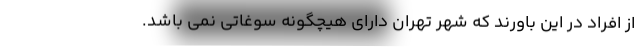
از افراد در این باورند که شهر تهران دارای هیچگونه سوغاتی نمی باشد.